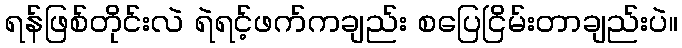
ရန်ဖြစ်တိုင်းလဲ ရဲရင့်ဖက်ကချည်း စပြေငြိမ်းတာချည်းပဲ။